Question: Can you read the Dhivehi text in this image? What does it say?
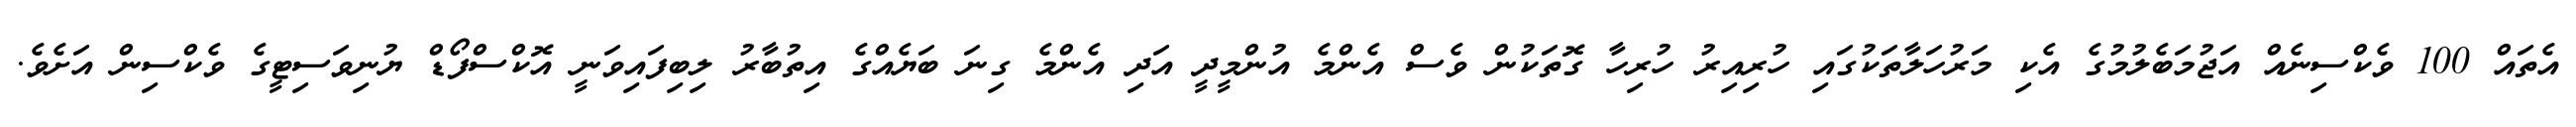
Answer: އެތައް 100 ވެކްސިނެއް އަޖުމަބެލުމުގެ އެކި މަރުހަލާތަކުގައި ހުރިއިރު ހުރިހާ ގޮތަކުން ވެސް އެންމެ އުންމީދީ އަދި އެންމެ ގިނަ ބަޔެއްގެ އިތުބާރު ލިބިފައިވަނީ އޮކްސްފޯޑް ޔުނިވަސިޓީގެ ވެކްސިން އަށެވެ.